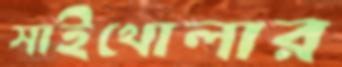
সাইখোলার